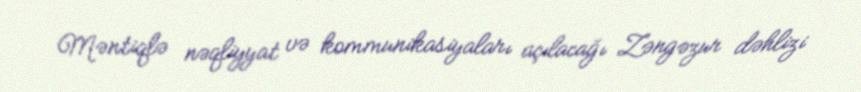
Məntiqlə nəqliyyat və kommunikasiyaları açılacağı Zəngəzur dəhlizi